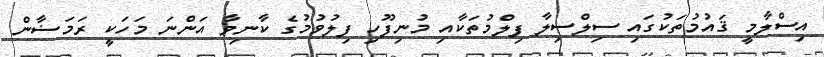
އިސްލާމީ ޤައުމުތަކުގައި ސިލްސިލާ ފިލްމުތަކާއި މުނިފޫހި ފިލުވުމުގެ ކާނިވާ އަންނަ މަހަކީ ރަމަޟާން